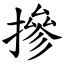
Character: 摻